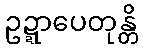
ဥဍ္ဍာပေတုန္တိ